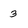
Character: 3